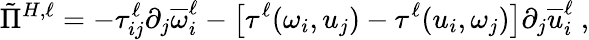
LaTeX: \tilde{\Pi}^{H,\ell}=-\tau_{ij}^{\ell}\partial_{j}\overline{{\omega}}_{i}^{\ell}-\left[\tau^{\ell}(\omega_{i},u_{j})-\tau^{\ell}(u_{i},\omega_{j})\right]\partial_{j}\overline{{u}}_{i}^{\ell}\ ,